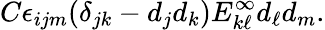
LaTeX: C\epsilon_{ijm}(\delta_{jk}-d_{j}d_{k})E_{k\ell}^{\infty}d_{\ell}d_{m}.